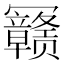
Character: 𰃳